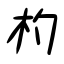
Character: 杓